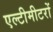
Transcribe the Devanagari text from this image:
एल्टीमीटरों